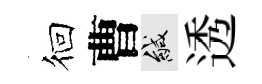
徊曹緘透